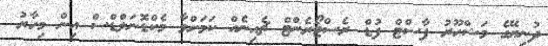
ދުނިޔޭގެ މަޝްހޫރު ފާސްޓް ފުޑް ރެސްޓޯރެންޓް ޗެއިނެއް ކަމަށްވާ މެކްޑޮނަލްޑްސް އިން މިހާރު